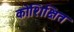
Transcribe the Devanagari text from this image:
कोशिक्षित